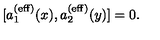
[ a _ { 1 } ^ { ( \mathrm { e f f } ) } ( x ) , a _ { 2 } ^ { ( \mathrm { e f f } ) } ( y ) ] = 0 .